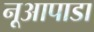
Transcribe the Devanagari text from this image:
नूआपाडा